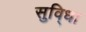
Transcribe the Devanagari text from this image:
सुवि्धा